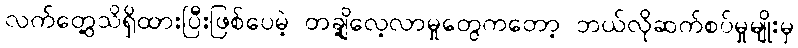
လက်တွေ့သိရှိထားပြီးဖြစ်ပေမဲ့ တချို့လေ့လာမှုတွေကတော့ ဘယ်လိုဆက်စပ်မှုမျိုးမှ